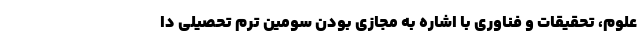
علوم، تحقیقات و فناوری با اشاره به مجازی بودن سومین ترم تحصیلی دا